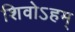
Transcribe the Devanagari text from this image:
शिवोऽहम्